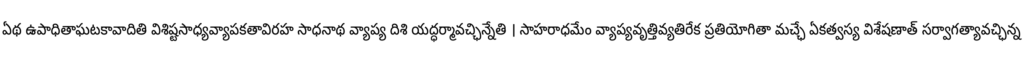
ఏథ ఉపాధితాఘటకావాదితి విశిష్టసాధ్యవ్యాపకతావిరహ సాధనాథ వ్యాప్య దిశి యద్ధర్మావచ్ఛిన్నేతి । సాహరాధమేం వ్యాప్యవృత్తివ్యతిరేక ప్రతియోగితా మచ్ఛే ఏకత్వస్య విశేషణాత్ సర్వాగత్యావచ్ఛిన్న